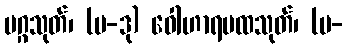
မဂ္ဂသုတ်၊ (ပ-ဒု) ဝေါဟာရပထသုတ်၊ (ပ-